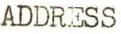
ADDRESS